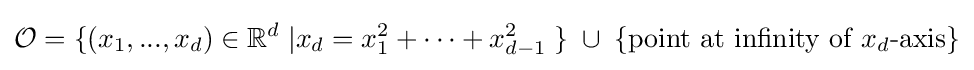
{\mathcal {O}}=\{(x_{1},...,x_{d})\in {\mathbb {R} }^{d}\;|x_{d}=x_{1}^{2}+\cdots +x_{d-1}^{2}\;\}\;\cup \;\{{\text{point at infinity of }}x_{d}{\text{-axis}}\}